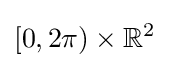
[0,2\pi )\times \mathbb {R} ^{2}